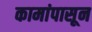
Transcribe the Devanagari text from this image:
कामांपासून